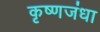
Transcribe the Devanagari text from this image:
कृष्णजंधा